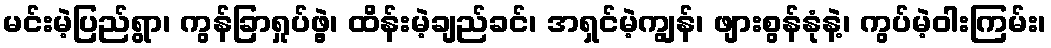
မင်းမဲ့ပြည်ရွာ၊ ကွန်ခြာရှုပ်ဖွဲ့၊ ထိန်းမဲ့ချည်ခင်၊ အရှင်မဲ့ကျွန်၊ ဖျားစွန်နုံနဲ့၊ ကွပ်မဲ့ဝါးကြမ်း၊